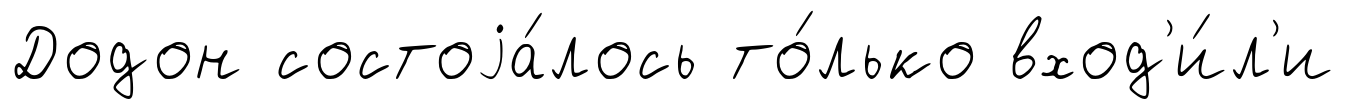
Додон состоjа́лось то́лько вход'и́л'и